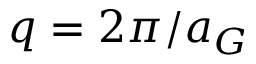
q = 2 \pi / a _ { G }